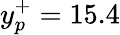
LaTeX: y_{p}^{+}=15.4